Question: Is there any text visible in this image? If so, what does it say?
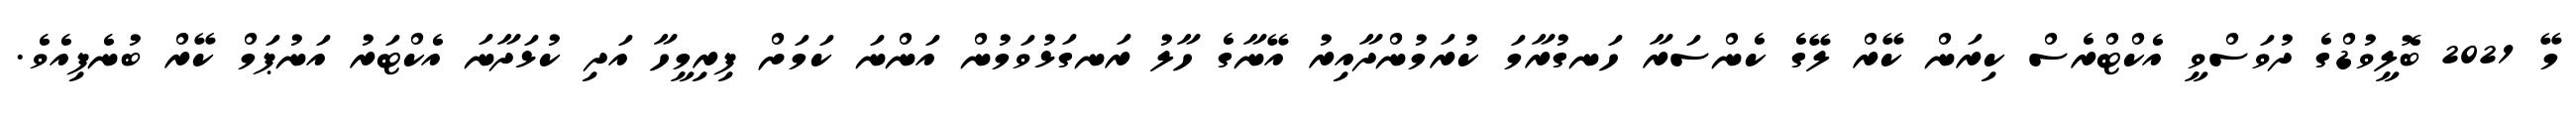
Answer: މޭ 2021 ބޮލީވުޑްގެ ދުވަސްވީ އެކްޓްރެސް ކިރަން ކޭރް ލޭގެ ކެންސަރާ ހަނގުރާމަ ކުރަމުންދާއިރު އޭނާގެ ހާލު ރަނގަޅުވަމުން އަންނަ ކަމަށް ފިރިމީހާ އަދި ކުޅަދާނަ އެކްޓަރު އަނުޕަމް ކޭރް ބުނެފިއެވެ.